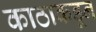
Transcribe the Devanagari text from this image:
काठाकडून